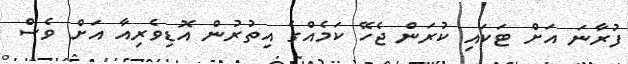
ފުރާނަ އަށް ޓަކައި ކުރަން ޖެހޭ ކަމެއްގެ އިތުރުން އޮޑިވެރިއާ އަށް ވެސް